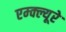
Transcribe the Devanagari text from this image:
एम्क्ल्यूरे